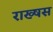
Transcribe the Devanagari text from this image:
राख्षस